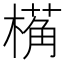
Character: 𬄌